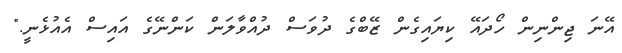
އޭނަ ޖިންނިން ހޯދައޭ ކިޔައިގެން ޒޭބްގެ ދުވަސް ދުއްވާލަން ކަންނޭގެ އައިސް އެއުޅެނީ."